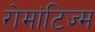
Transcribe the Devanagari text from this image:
रोमांटिज्म